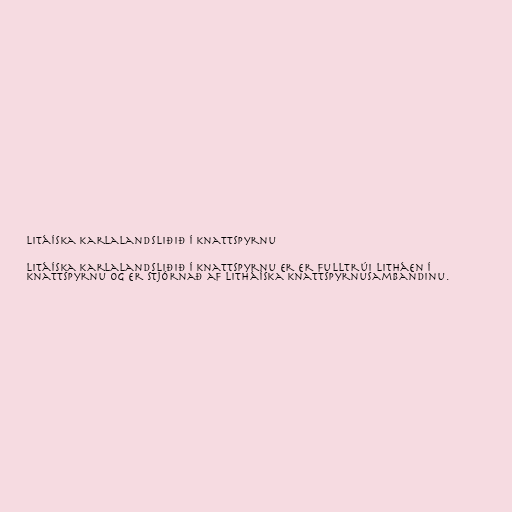
Litáíska karlalandsliðið í knattspyrnu

Litáíska karlalandsliðið í knattspyrnu er er fulltrúi Litháen í
knattspyrnu og er stjórnað af Litháíska knattspyrnusambandinu.